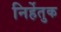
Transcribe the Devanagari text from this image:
निर्हेतुक